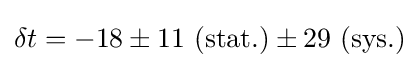
\delta t=-18\pm 11\ (\mathrm {stat.} )\pm 29\ (\mathrm {sys.} )